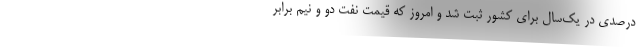
درصدی در یك‌سال برای كشور ثبت شد و امروز كه قیمت نفت دو و نیم برابر